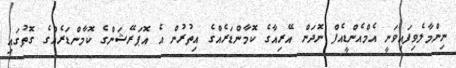
ނިންމާލެވިފައިވަނީ އެމްއެންޑީއެފް ނޮދަން އޭރިއާގެ ކޮމާންޑަރެއްގެ އިތުރުން އެ އޮޕަރޭޝަންގެ ކޮމާންޑަރެއްގެ ގޮތުގައި